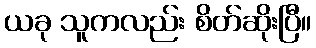
ယခု သူကလည်း စိတ်ဆိုးပြီ။